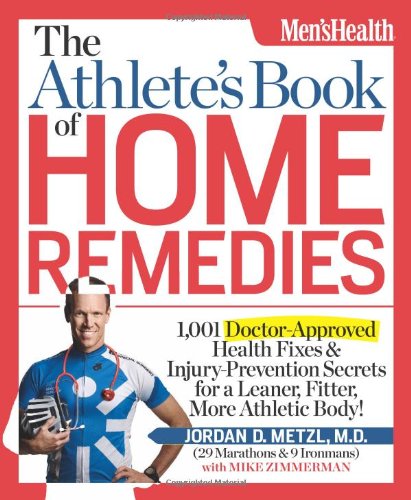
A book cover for The Athlete's Book of Home Remedies: 1,001 Doctor-Approved Health Fixes and Injury-Prevention Secrets for a Leaner, Fitter, More Athletic Body!; Jordan Metzl; Medical Books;